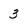
Character: 3